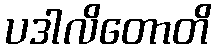
ပဒါလိတောတိ